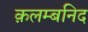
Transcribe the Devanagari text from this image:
क़लम्बनिद